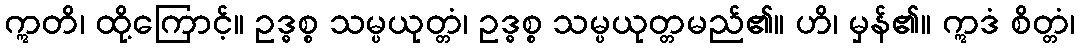
ဣတိ၊ ထို့ကြောင့်။ ဥဒ္ဓစ္စ သမ္ပယုတ္တံ၊ ဥဒ္ဓစ္စ သမ္ပယုတ္တမည်၏။ ဟိ၊ မှန်၏။ ဣဒံ စိတ္တံ၊